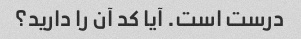
درست است. آیا کد آن را دارید؟